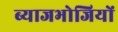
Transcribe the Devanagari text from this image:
ब्याजभोजियों